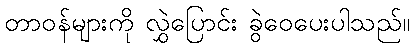
တာဝန်များကို လွှဲပြောင်း ခွဲဝေပေးပါသည်။